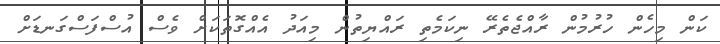
ކަން މިހެން ހުރުމުން ރާއްޖެތެރޭ ނިކަމެތި ރައްޔިތުން މިއަދު އެއްގޮތަކަށް ވެސް އުސްފަސްގަނޑަށް